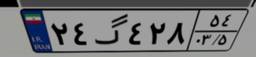
۷۳گ۹۰۶۱۸